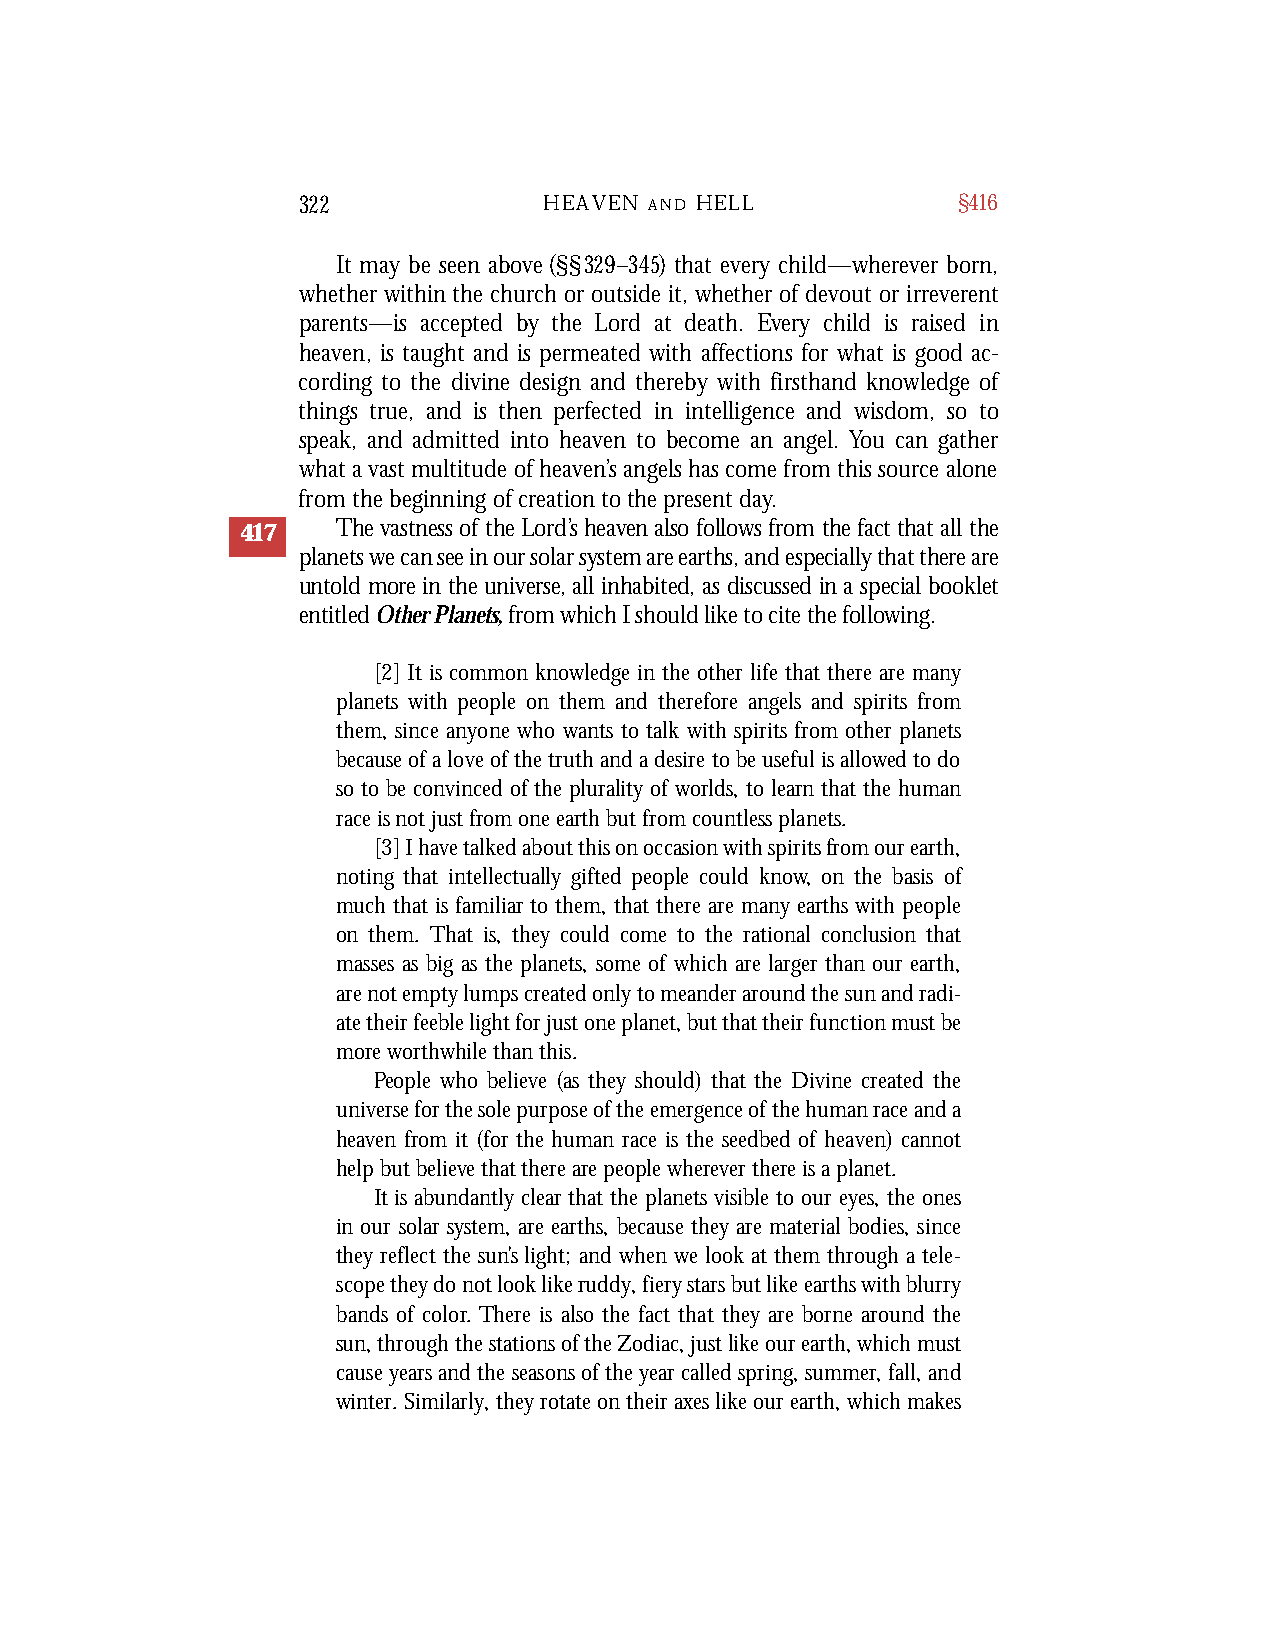
322             HEAVEN A N D H E L L       §416
 It may be seen above (§§329–345) that every child—wherever born,
 whether within the church or outside it, whether of devout or irreverent
 parents—is accepted by the Lord at death. Every child is raised in
 heaven, is taught and is permeated with affections for what is good ac-
 cording to the divine design and thereby with firsthand knowledge of
 things true, and is then perfected in intelligence and wisdom, so to
 speak, and admitted into heaven to become an angel. You can gather
 what a vast multitude of heaven’s angels has come from this source alone
 from the beginning of creation to the present day.
 417   The vastness of the Lord’s heaven also follows from the fact that all the
 planets we can see in our solar system are earths, and especially that there are
 untold more in the universe, all inhabited, as discussed in a special booklet
 entitled Other Pla n e t s , fr om which I should like to cite the followi n g .
 [2] It is common knowledge in the other life that there are many
 planets with people on them and therefore angels and spirits from
 them, since anyone who wants to talk with spirits from other planets
 because of a love of the truth and a desire to be useful is allowed to do
 so to be convinced of the plurality of worlds, to learn that the human
 race is not just from one earth but from countless planets.
 [3] I have talked about this on occasion with spirits from our earth,
 noting that intellectually gifted people could know, on the basis of
 much that is familiar to them, that there are many earths with people
 on them. That is, they could come to the rational conclusion that
 masses as big as the planets, some of which are larger than our earth,
 are not empty lumps created only to meander around the sun and radi-
 ate their feeble light for just one planet, but that their function must be
 more worthwhile than this.
 People who believe (as they should) that the Divine created the
 universe for the sole purpose of the emergence of the human race and a
 heaven from it (for the human race is the seedbed of heaven) cannot
 help but believe that there are people wherever there is a planet.
 It is abundantly clear that the planets visible to our eyes, the ones
 in our solar system, are earths, because they are material bodies, since
 they reflect the sun’s light; and when we look at them through a tele-
 scope they do not look like ruddy, fiery stars but like earths with blurry
 bands of color. There is also the fact that they are borne around the
 sun, through the stations of the Zodiac, just like our earth, which must
 cause years and the seasons of the year called spring, summer, fall, and
 winter. Similarly, they rotate on their axes like our earth, which makes